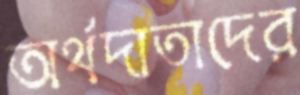
অর্থদাতাদের